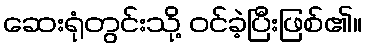
ဆေးရုံတွင်းသို့ ဝင်ခဲ့ပြီးဖြစ်၏။